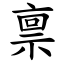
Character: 禀